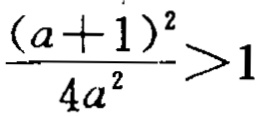
\frac{(a + 1)^2}{4a^2}>1